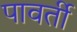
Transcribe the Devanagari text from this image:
पावर्ती